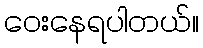
ဝေးနေရပါတယ်။